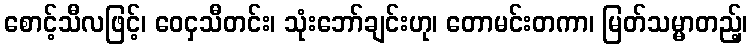
စောင့်သီလဖြင့်၊ ဝေငှသီတင်း၊ သုံးဘော်ချင်းဟု၊ တောမင်းတကာ၊ မြတ်သမ္မာတည့်၊